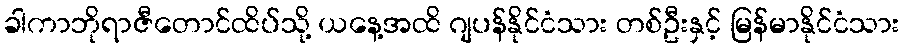
ခါကာဘိုရာဇီတောင်ထိပ်သို့ ယနေ့အထိ ဂျပန်နိုင်ငံသား တစ်ဦးနှင့် မြန်မာနိုင်ငံသား